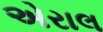
એરાલ